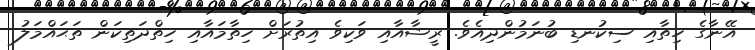
އޭނާގެ ހިތާާއި ސިކުނޑި ބުނަމުންދިއެވެެ. ރީޝާއާއި ވަކިވެ އިތުރަށް ހިތާމައާއި ހިތްދަތިކަން ތަޙައްމަލު